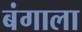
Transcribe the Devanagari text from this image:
बंगाला